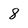
Character: 8